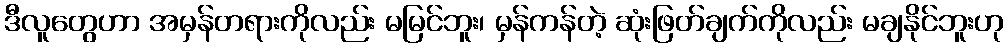
ဒီလူတွေဟာ အမှန်တရားကိုလည်း မမြင်ဘူး၊ မှန်ကန်တဲ့ ဆုံးဖြတ်ချက်ကိုလည်း မချနိုင်ဘူးဟု